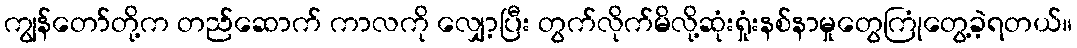
ကျွန်တော်တို့က တည်ဆောက် ကာလကို လျှော့ပြီး တွက်လိုက်မိလို့ဆုံးရှုံးနစ်နာမှုတွေကြုံတွေ့ခဲ့ရတယ်။